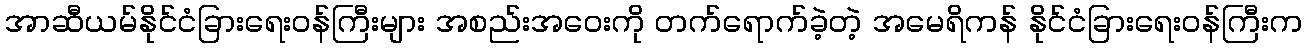
အာဆီယမ်နိုင်ငံခြားရေးဝန်ကြီးများ အစည်းအဝေးကို တက်ရောက်ခဲ့တဲ့ အမေရိကန် နိုင်ငံခြားရေးဝန်ကြီးက